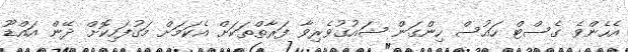
އެހެންވެ ގެސްޓް ހައުސް ހިންގަން ޝައުގުވެރިވާ ފަރާތްތަކަށް އެކަމަށް މަގުފަހިކޮށް ދޭން އައްޑޫ